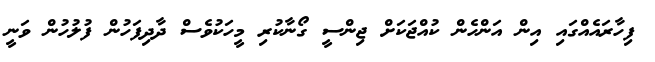
ފިހާރައެއްގައި އިން އަންހެން ކުއްޖަކަށް ޖިންސީ ގޯނާކުރި މީހަކުވެސް ދާދިފަހުން ފުލުހުން ވަނީ